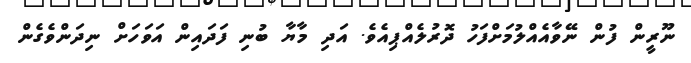
ނޫރީން ފުން ނޭވާއެއްލުމަށްފަހު ދޮރުލެއްޕިއެވެ. އަދި މާޔާ ބުނި ފަދައިން އަވަހަށް ނިދަންވެގެން